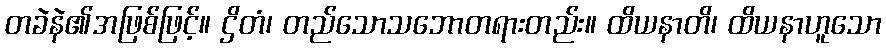
တခဲနဲ၏အဖြစ်ဖြင့်။ ဌိတံ၊ တည်သောသဘောတရားတည်း။ ထိယနာတိ၊ ထိယနာဟူသော